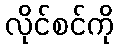
လိုင်စင်ကို